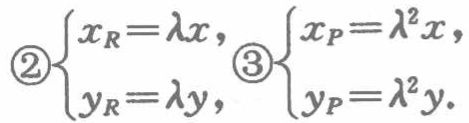
\[

\textcircled{2}\begin{cases}

x_R = \lambda x,\\

y_R = \lambda y,

\end{cases}

\textcircled{3}\begin{cases}

x_P = \lambda^2 x,\\

y_P = \lambda^2 y.

\end{cases}

\]